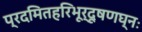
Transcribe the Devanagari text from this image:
प्रदमितहरिभूर्दूषणघ्नः